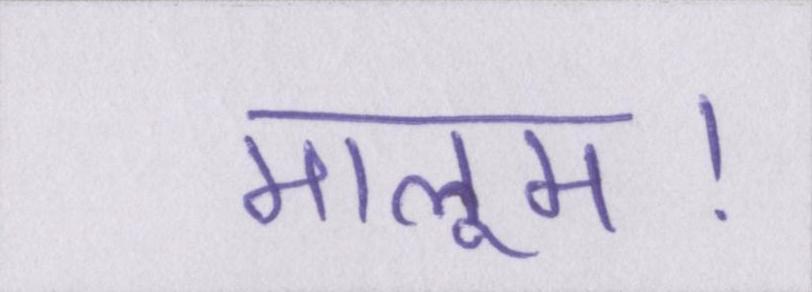
मालूम।